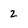
Character: 2